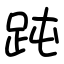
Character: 𧿬